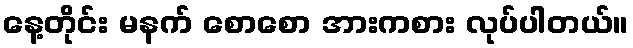
နေ့တိုင်း မနက် စောစော အားကစား လုပ်ပါတယ်။